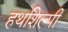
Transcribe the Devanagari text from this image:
हथशिल्पी